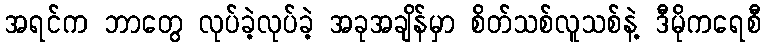
အရင်က ဘာတွေ လုပ်ခဲ့လုပ်ခဲ့ အခုအချိန်မှာ စိတ်သစ်လူသစ်နဲ့ ဒီမိုကရေစီ